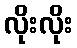
လိုးလိုး